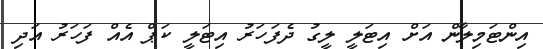
އިންޓަމިލާން އަށް އިޓަލީ ލީގު ދެފަހަރު އިޓަލީ ކަޕް އެއް ފަހަރު އަދި